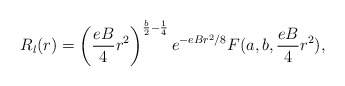
\begin{align*}R_{l}(r) = \left( \frac{eB}{4} r^{2} \right)^{ \frac{b}{2} -\frac{1}{4} } e^{ - eBr^{2}/8 } F(a, b, \frac{eB}{4} r^{2}),\end{align*}